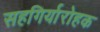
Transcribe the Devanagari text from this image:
सहगिर्यारोहक